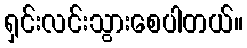
ရှင်းလင်းသွားစေပါတယ်။